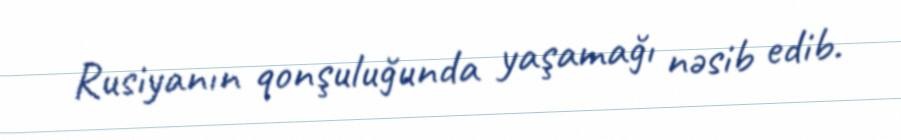
Rusiyanın qonşuluğunda yaşamağı nəsib edib.